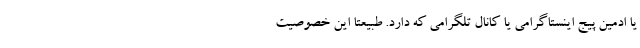
یا ادمین پیج اینستاگرامی یا کانال تلگرامی که دارد. طبیعتا این خصوصیت